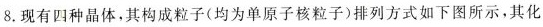
8.现有四种晶体，其构成粒子(均为单原子核粒子)排列方式如下图所示，其化